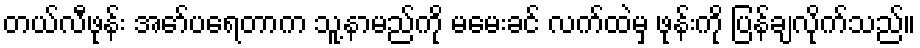
တယ်လီဖုန်း အော်ပရေတာက သူ့နာမည်ကို မမေးခင် လက်ထဲမှ ဖုန်းကို ပြန်ချလိုက်သည်။